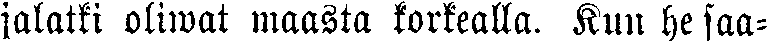
jalatki oliwat maasta korkealla. Kun he saa-